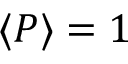
\langle P \rangle = 1